Lunatic asylums Burma 1907-21 - 1907-1921
Year: 1907
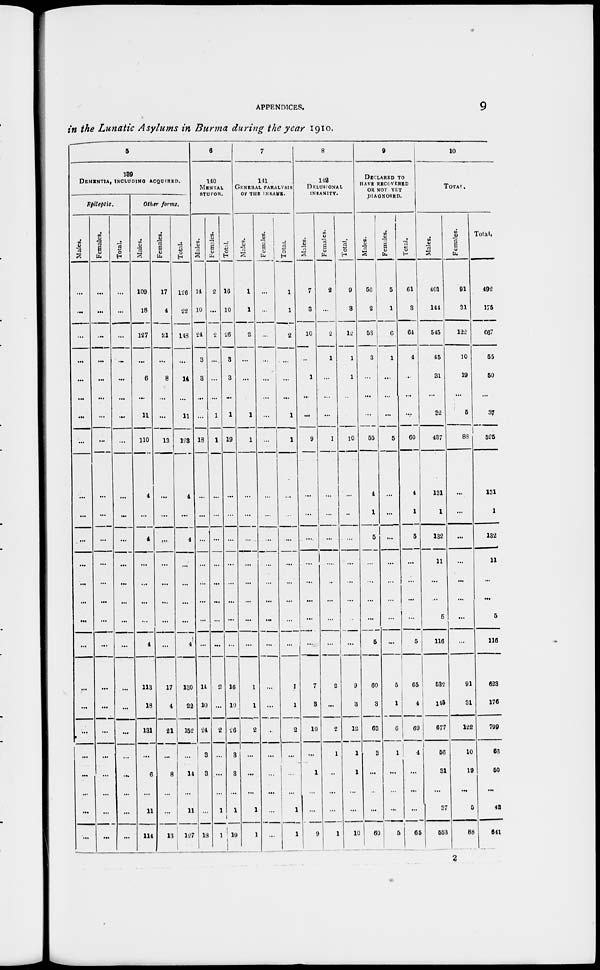
APPENDICES.
9
in the Lunatic Asylums in Burma during the year 1910.
5
189
DEMENTIA, INCLUDING ACQUIRED.
Epileptic.
Males.
...
...
...
...
...
...
...
...
...
...
...
...
...
...
...
...
...
...
...
...
...
...
...
Females.
...
...
...
...
...
...
...
...
...
...
...
...
...
...
...
...
...
...
...
...
...
...
...
Total.
...
...
...
...
...
...
...
...
...
...
...
...
...
...
...
...
...
...
...
...
...
...
...
Other forms.
Males.
109
18
127
...
6
...
11
110
4
...
4
...
...
...
4
113
18
131
...
6
...
11
114
Females.
17
4
21
...
8
...
...
13
...
...
...
...
...
...
...
17
4
21
...
8
...
...
13
Total.
128
22
148
...
14
...
11
123
4
...
4
...
...
...
4
130
22
152
...
14
...
11
127
6
140
MENTAL
STUPOR.
Males.
14
10
24
3
3
...
...
18
...
...
...
...
...
...
...
14
10
24
3
3
...
...
18
Females.
2
...
2
...
...
...
1
1
...
...
...
...
...
...
...
2
...
2
...
...
...
1
1
Total.
16
10
26
3
3
...
1
19
...
...
...
...
...
...
...
16
10
26
38
3
...
1
19
7
141
GENERAL PARALYSIS
OF THE INSANE.
Males.
1
1
2
...
...
...
1
1
...
...
...
...
...
...
...
1
1
2
...
...
...
1
1
Females.
...
...
...
...
...
...
...
...
...
...
...
...
...
...
...
...
...
...
...
...
...
...
...
Total.
1
1
2
...
...
...
1
1
...
...
...
...
...
...
...
1
1
2
...
...
...
1
1
8
142
DELUSIONAL
INSANITY.
Moles.
7
3
10
...
1
...
...
9
...
...
...
...
...
...
...
7
3
10
...
1
...
...
9
Females.
2
...
2
1
...
...
...
1
...
...
...
...
...
...
...
2
...
2
1
...
...
...
1
Total.
9
3
12
1
1
...
...
10
...
...
...
...
...
...
...
9
3
12
1
1
...
...
10
9
DECLARED To
HAVE RECOVERED
OR NOT YET
DIAGNOSED.
Males.
56
2
58
3
...
...
...
55
4
1
5
...
...
...
5
60
3
63
3
...
...
...
60
Females.
5
1
6
1
...
...
...
5
...
...
...
...
...
...
...
5
1
6
1
...
...
...
5
Total.
61
3
64
4
...
...
...
60
4
1
5
...
...
...
5
65
4
69
4
...
...
...
65
10
TOTAL.
Males.
401
144
545
45
31
...
32
437
131
1
132
11
...
5
116
532
145
677
56
31
...
37
553
Females.
91
31
122
10
19
...
5
88
...
...
...
...
...
...
...
91
31
122
10
19
...
5
88
Total.
492
175
667
55
50
...
37
525
131
1
132
11
...
5
116
623
176
799
66
50
...
42
641
2